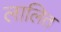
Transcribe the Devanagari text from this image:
लालित